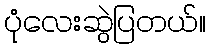
ပုံလေးဆွဲပြတယ်။